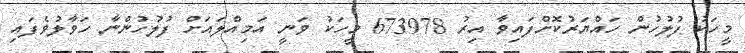
މީހަކު ފުލުހުން ހައްޔަރުކޮށްފައިވާ އިރު 673978 މީހަކު ވަނީ އަމިއްލައަށް ފުލުހުންނާ ހަވާލުވެފައި